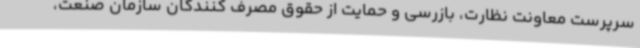
سرپرست معاونت نظارت، بازرسی و حمایت از حقوق مصرف کنندگان سازمان صنعت،